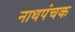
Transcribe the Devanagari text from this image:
नाथपंचक